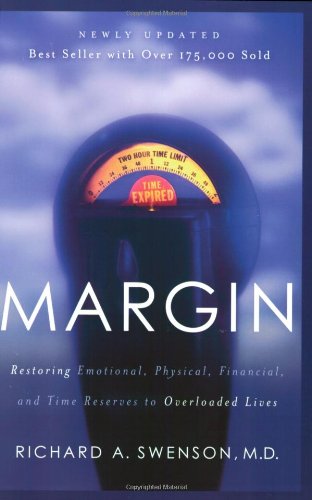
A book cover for Margin: Restoring Emotional, Physical, Financial, and Time Reserves to Overloaded Lives; Richard Swenson; Self-Help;